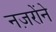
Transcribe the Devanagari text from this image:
नज़रोंने